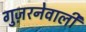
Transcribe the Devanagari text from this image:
गुज़रनेवाली